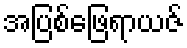
အပြစ်ဖြေရာယဇ်